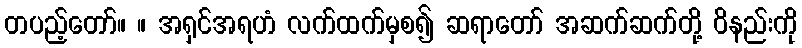
တပည့်တော်။ ။ အရှင်အရဟံ လက်ထက်မှစ၍ ဆရာတော် အဆက်ဆက်တို့ ဝိနည်းကို